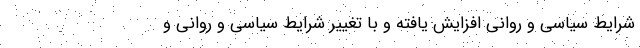
شرایط سیاسی و روانی افزایش یافته و با تغییر شرایط سیاسی و روانی و